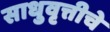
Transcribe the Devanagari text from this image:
साधुवृत्तीचे